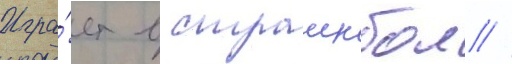
Игра́ет в страикбол //